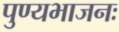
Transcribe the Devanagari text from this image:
पुण्यभाजनः